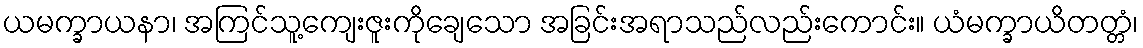
ယမက္ခာယနာ၊ အကြင်သူ့ကျေးဇူးကိုချေသော အခြင်းအရာသည်လည်းကောင်း။ ယံမက္ခာယိတတ္တံ၊